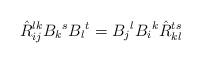
LaTeX: \begin{align*} \hat{R}^{lk}_{ij}B_k{}^sB_l{}^t=B_j{}^lB_i{}^k \hat{R}^{ts}_{kl}\end{align*}